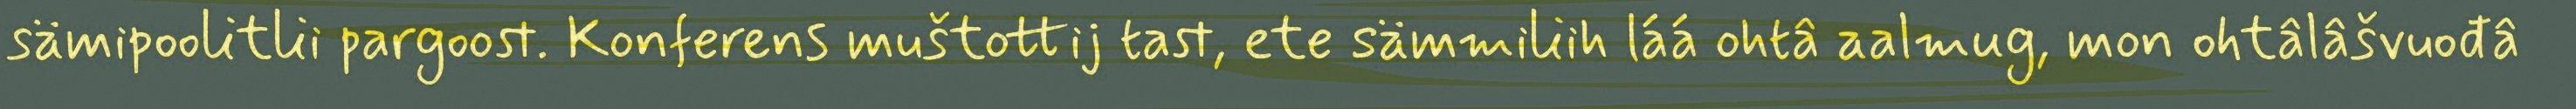
sämipoolitlii pargoost. Konferens muštottij tast, ete sämmiliih láá ohtâ aalmug, mon ohtâlâšvuođâ